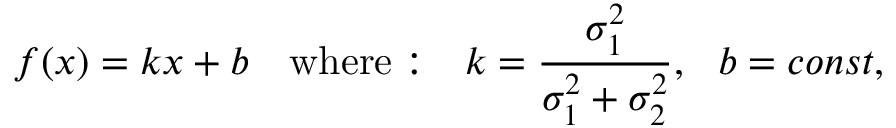
f ( x ) = k x + b \quad \mathrm { w h e r e : } \quad k = \frac { \sigma _ { 1 } ^ { 2 } } { \sigma _ { 1 } ^ { 2 } + \sigma _ { 2 } ^ { 2 } } , \ \ b = c o n s t ,